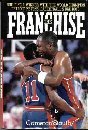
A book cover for The Franchise: Building a Winner With the World Champion Detroit Pistons, Basketballs Bad Boys; Cameron Stauth; Sports & Outdoors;